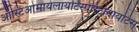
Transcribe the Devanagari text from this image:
ऑस्टिओमायेलायटिस्पेरिटोनायटिस्